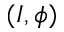
( I , \phi )